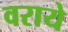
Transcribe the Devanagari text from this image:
वराये